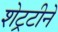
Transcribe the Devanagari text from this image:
शेट्रटीने